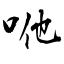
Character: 咃